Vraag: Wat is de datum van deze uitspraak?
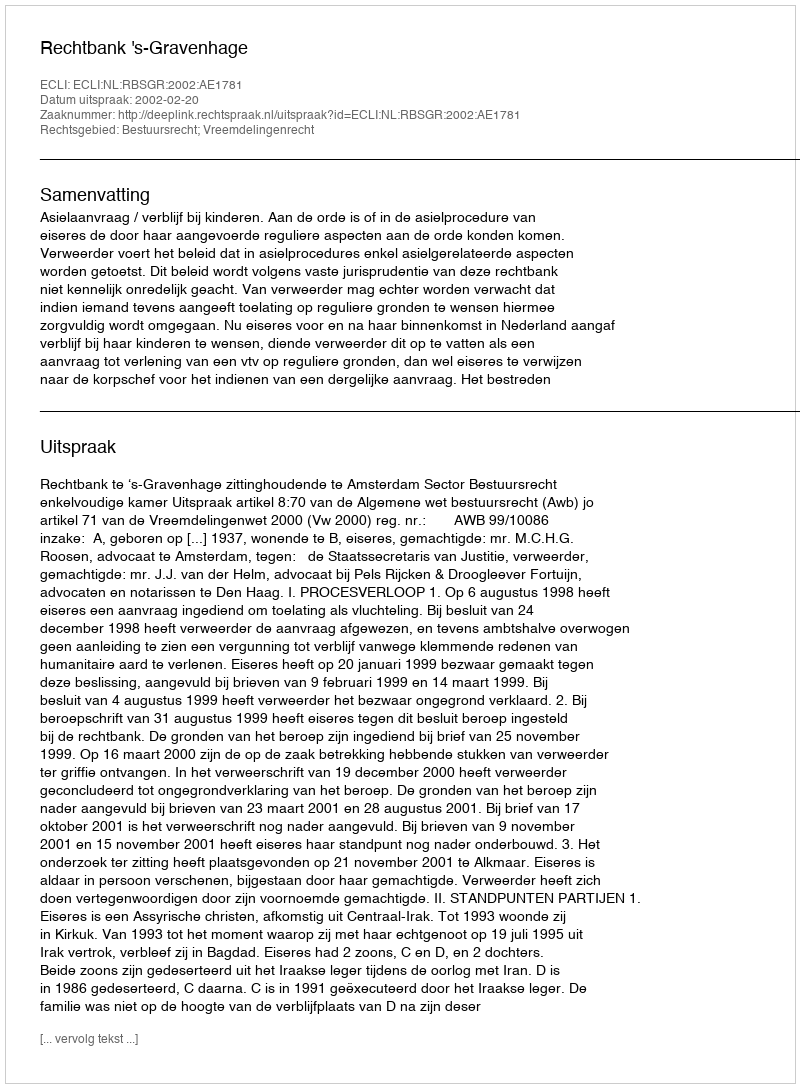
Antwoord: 2002-02-20